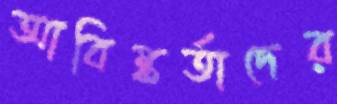
আবিষ্কর্তাদের